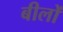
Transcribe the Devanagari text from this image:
बीलों